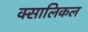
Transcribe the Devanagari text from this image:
क्सालिकल